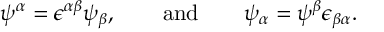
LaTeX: \psi ^ { \alpha } = \epsilon ^ { \alpha \beta } \psi _ { \beta } , \qquad \mathrm { a n d } \qquad \psi _ { \alpha } = \psi ^ { \beta } \epsilon _ { \beta \alpha } .